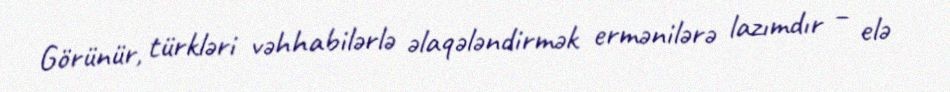
Görünür, türkləri vəhhabilərlə əlaqələndirmək ermənilərə lazımdır – elə